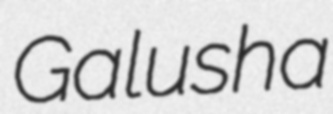
Galusha